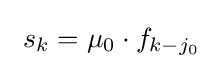
\ s_{k}=\mu _{0}\cdot f_{k-j_{0}}